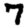
Digit: 7